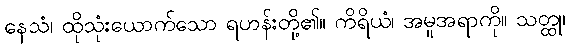
နေသံ၊ ထိုသုံးယောက်သော ရဟန်းတို့၏။ ကိရိယံ၊ အမူအရာကို။ သတ္ထု၊